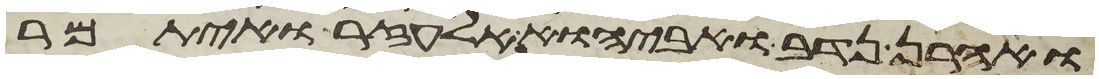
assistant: ואהרן נדב ואביהוא אלעזר ואיתמר